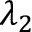
\lambda _ { 2 }